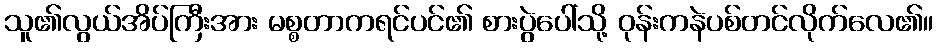
သူ၏လွယ်အိပ်ကြီးအား မစ္စတာကရင်ပင်၏ စားပွဲပေါ်သို့ ဝုန်းကနဲပစ်တင်လိုက်လေ၏။